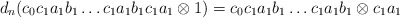
\begin{align*}d_n(c_0c_1a_1b_1 \dots c_1a_1b_1c_1a_1 \otimes 1) = c_0c_1a_1b_1 \dots c_1a_1b_1 \otimes c_1a_1\end{align*}